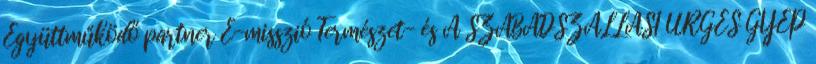
Együttműködő partner E-misszió Természet- és A SZABADSZÁLLÁSI ÜRGÉS GYEP